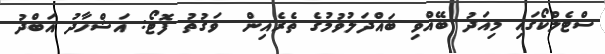
ސްޓެލްކޯގައި މިއަދު ބޭއްވި ބައްދަލުވުމުގެ ތެރެއިން  ވަގުތު ފޮޓޯ: އަޝްހާދު އަބްދު